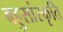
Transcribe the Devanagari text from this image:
बहुसांस्कृति